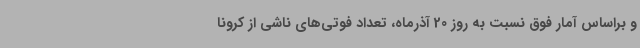
و براساس آمار فوق نسبت به روز 20 آذرماه، تعداد فوتی‌های ناشی از کرونا